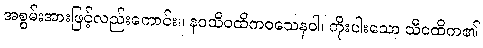
အစွမ်းအားဖြင့်လည်းကောင်း။ နဝသိဝထိကဝသေနဝါ၊ ကိုးပါးသော သီဝထိက၏